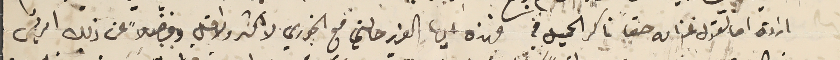
ارادة اما تقول عنه انه حقاً ناكر الجميل؟ فهذه ايها العزيز حالتي مع الخوري لا اكثر ولا اقل وفضلاً عن ذلك امرتي